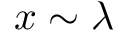
x \sim \lambda